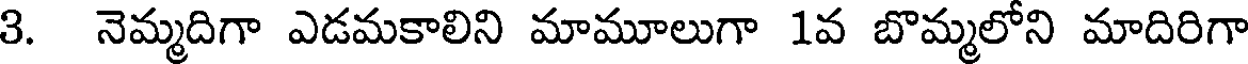
3. నెమ్మదిగా ఎడమకాలిని మామూలుగా 1వ బొమ్మలోని మాదిరిగా